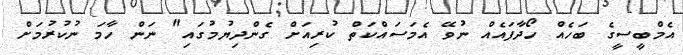
އެމްބީސީގެ ބަހެއް ހޯދާފައެއް ނުވޭ އެމަސައްކަތް ކުރިއަށް ގެންދިޔުމުގައި" ނަން ހާމަ ނުކުރުމަށް